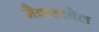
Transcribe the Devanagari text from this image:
मैकडाबेल